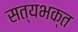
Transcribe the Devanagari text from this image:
सत्यभक्त